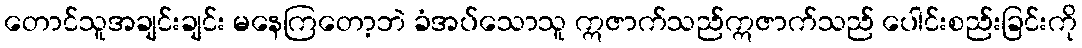
တောင်သူအချင်းချင်း မနေကြတော့ဘဲ ခံအပ်သောသူ ဣဇာက်သည်ဣဇာက်သည် ပေါင်းစည်းခြင်းကို